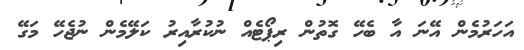
އަހަރުމެން އޭނަ އާ ބެހޭ ގޮތުން ރިޕޯޓެއް ނުކުރާއިރު ކަލޭމެން ނުޖެހޭ މަގޭ